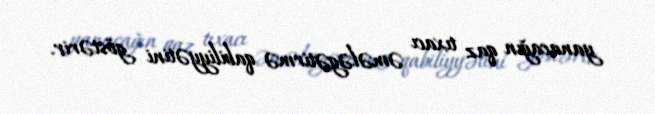
yanacağın qaz tıxacı əmələgətirmə qabiliyyətini göstərir.